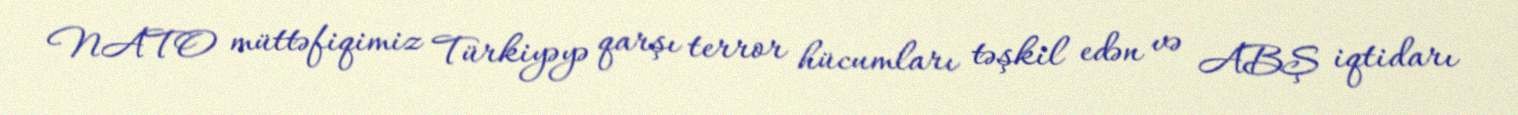
NATO müttəfiqimiz Türkiyəyə qarşı terror hücumları təşkil edən və ABŞ iqtidarı